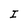
Character: I